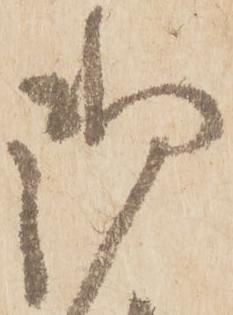
御